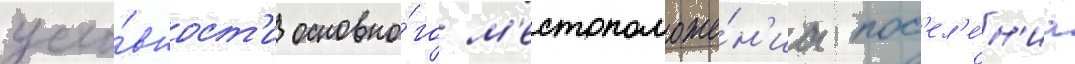
усло́вност'и основно́го м'естоположе́н'иа пос'ел'е́н'иа